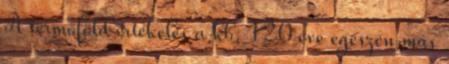
A termőföld értékelés a kb. 120 éve egészen más